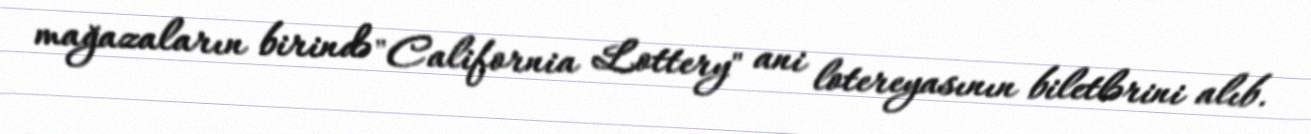
mağazaların birində "California Lottery" ani lotereyasının biletlərini alıb.